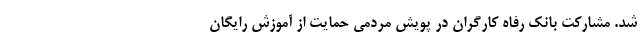
شد. مشارکت بانک رفاه کارگران در پویش مردمی حمایت از آموزش رایگان